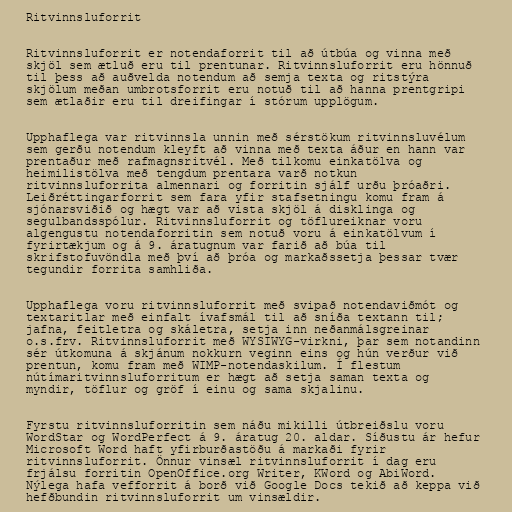
Ritvinnsluforrit

Ritvinnsluforrit er notendaforrit til að útbúa og vinna með
skjöl sem ætluð eru til prentunar. Ritvinnsluforrit eru hönnuð
til þess að auðvelda notendum að semja texta og ritstýra
skjölum meðan umbrotsforrit eru notuð til að hanna prentgripi
sem ætlaðir eru til dreifingar í stórum upplögum.

Upphaflega var ritvinnsla unnin með sérstökum ritvinnsluvélum
sem gerðu notendum kleyft að vinna með texta áður en hann var
prentaður með rafmagnsritvél. Með tilkomu einkatölva og
heimilistölva með tengdum prentara varð notkun
ritvinnsluforrita almennari og forritin sjálf urðu þróaðri.
Leiðréttingarforrit sem fara yfir stafsetningu komu fram á
sjónarsviðið og hægt var að vista skjöl á disklinga og
segulbandsspólur. Ritvinnsluforrit og töflureiknar voru
algengustu notendaforritin sem notuð voru á einkatölvum í
fyrirtækjum og á 9. áratugnum var farið að búa til
skrifstofuvöndla með því að þróa og markaðssetja þessar tvær
tegundir forrita samhliða.

Upphaflega voru ritvinnsluforrit með svipað notendaviðmót og
textaritlar með einfalt ívafsmál til að sníða textann til;
jafna, feitletra og skáletra, setja inn neðanmálsgreinar
o.s.frv. Ritvinnsluforrit með WYSIWYG-virkni, þar sem notandinn
sér útkomuna á skjánum nokkurn veginn eins og hún verður við
prentun, komu fram með WIMP-notendaskilum. Í flestum
nútímaritvinnsluforritum er hægt að setja saman texta og
myndir, töflur og gröf í einu og sama skjalinu.

Fyrstu ritvinnsluforritin sem náðu mikilli útbreiðslu voru
WordStar og WordPerfect á 9. áratug 20. aldar. Síðustu ár hefur
Microsoft Word haft yfirburðastöðu á markaði fyrir
ritvinnsluforrit. Önnur vinsæl ritvinnsluforrit í dag eru
frjálsu forritin OpenOffice.org Writer, KWord og AbiWord.
Nýlega hafa vefforrit á borð við Google Docs tekið að keppa við
hefðbundin ritvinnsluforrit um vinsældir.